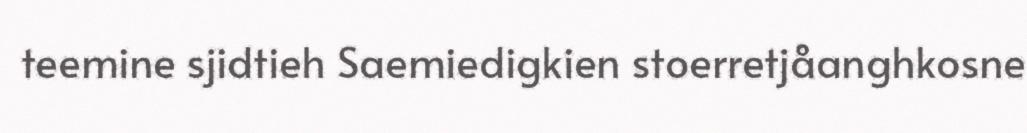
teemine sjidtieh Saemiedigkien stoerretjåanghkosne